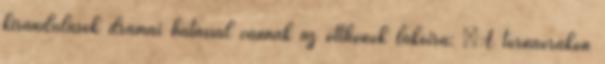
kirándulások drámai hatással vannak az otthonok lakóira: „A tornaórákon